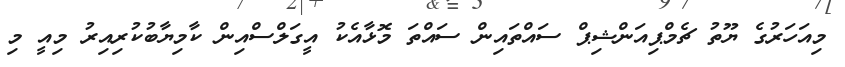
މިއަހަރުގެ ޔޫތު ޗެމްޕިއަންޝިޕް ސައްތައިން ސައްތަ މޮޅާއެކު އީގަލްސްއިން ކާމިޔާބުކުރިއިރު މިއީ މި